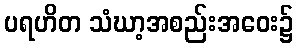
ပရဟိတ သံဃာ့အစည်းအဝေး၌